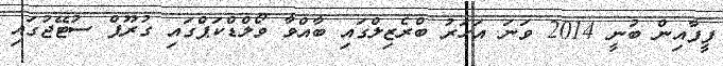
ފީފާއިން ބުނީ 2014 ވަނަ އަހަރު ބްރެޒިލްގައި ބާއްވާ ވޯލްޑްކަޕްގައި ގުރޫޕް ސުޓޭޖުގައި